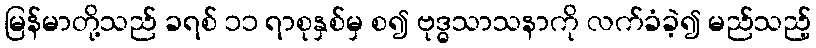
မြန်မာတို့သည် ခရစ် ၁၁ ရာစုနှစ်မှ စ၍ ဗုဒ္ဓသာသနာကို လက်ခံခဲ့၍ မည်သည့်